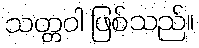
သတ္တဝါ ဖြစ်သည်။